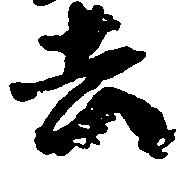
去